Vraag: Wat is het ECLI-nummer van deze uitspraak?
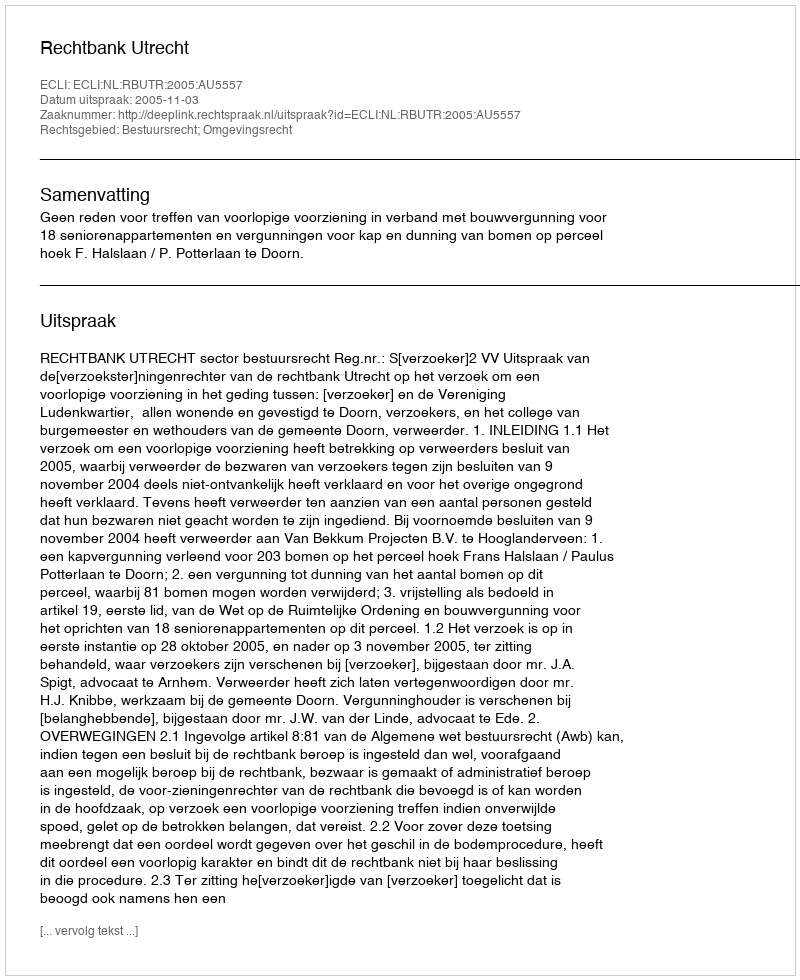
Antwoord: ECLI:NL:RBUTR:2005:AU5557